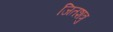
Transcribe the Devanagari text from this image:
जितशत्रु